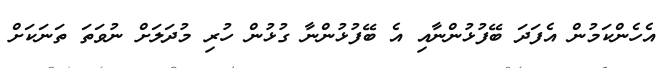
އެހެންކަމުން އެފަދަ ބޭފުޅުންނާއި އެ ބޭފުޅުންނާ ގުޅުން ހުރި މުދަލަށް ނުވަތަ ތަނަކަށް